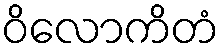
ဝိလောကိတံ